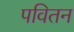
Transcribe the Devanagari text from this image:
पवितन